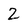
Character: 2